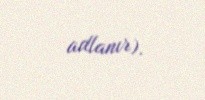
adlanır).